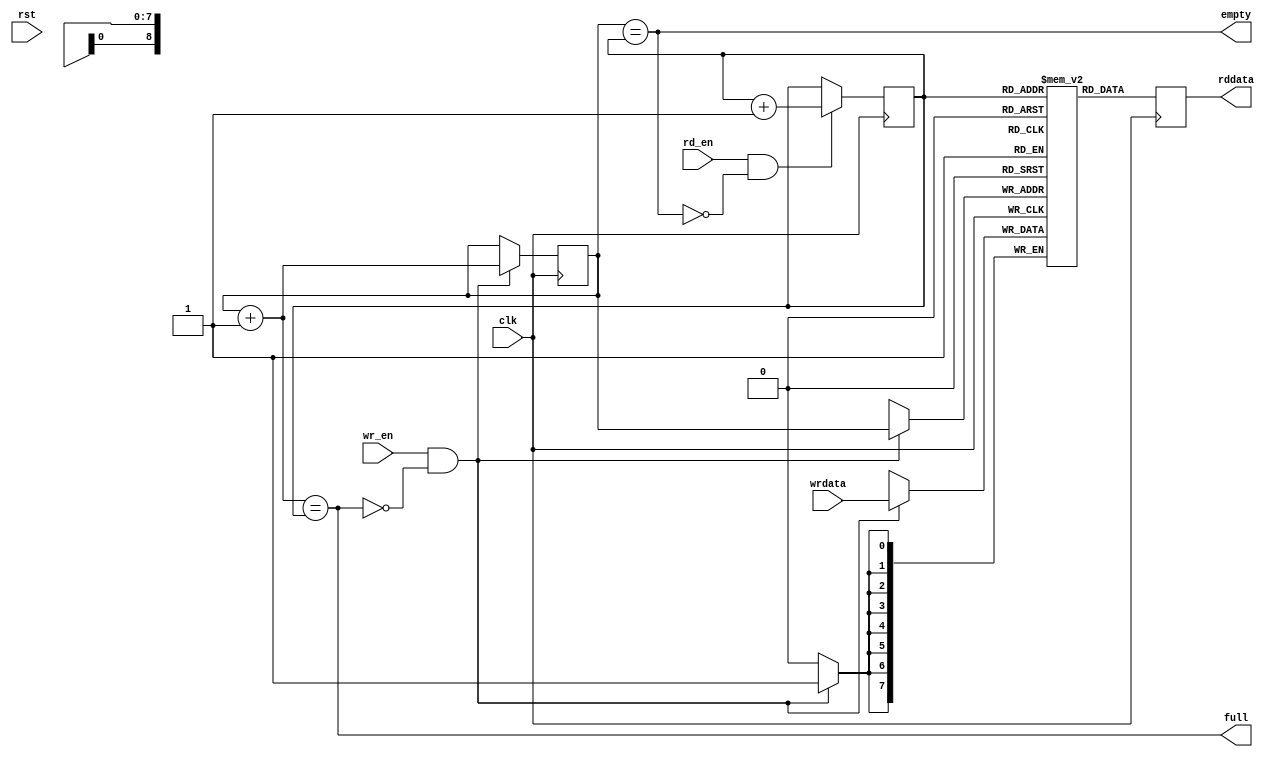
// `default_nettype none
module uart_rx_fifo(
    input  wire       clk,
    input  wire       rst,

    input  wire [7:0] wrdata,
    input  wire       wr_en,

    output reg  [7:0] rddata,
    input  wire       rd_en,
    
    output wire       empty,
    output wire       full);

    reg [8:0] wridx = 0, rdidx = 0;

    reg [7:0] mem_r [511:0];

    wire [8:0] wridx_next = wridx + 9'd1;
    wire [8:0] rdidx_next = rdidx + 9'd1;

    assign empty = wridx == rdidx;
    assign full = wridx_next == rdidx;

    always @(posedge clk) begin
        if (wr_en && !full) begin
            mem_r[wridx] <= wrdata;
            wridx <= wridx_next;
        end

        rddata <= mem_r[rdidx];
        if (rd_en && !empty) begin
            rdidx <= rdidx_next;
        end
    end

endmodule